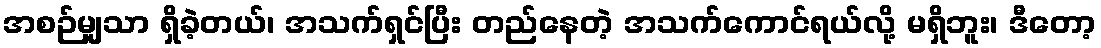
အစဉ်မျှသာ ရှိခဲ့တယ်၊ အသက်ရှင်ပြီး တည်နေတဲ့ အသက်ကောင်ရယ်လို့ မရှိဘူး၊ ဒီတော့